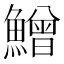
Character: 鱛